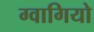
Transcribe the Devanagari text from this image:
ग्वागियो